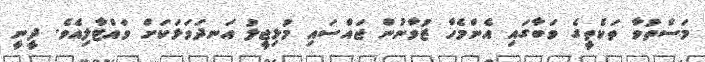
މަސްތުވާ ތަކެތީގެ ވަބާގައި އެންމެހާ ޒުވާނުން ޖައްސައި މުޅިޖީލު އަނދަވަޅަކަށް ވައްޓާލިއެވެ. ދީނީ